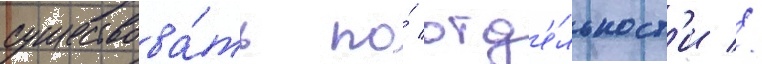
существова́ть по́ отд'е́льност'и //